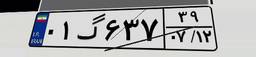
۰۱گ۶۳۷۳۹